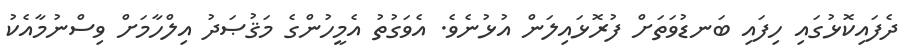
ދެފައިކޮޅުގައި ހިފައި ބަނޑުވަތަށް ފުރޮޅައިލަން އުޅުނެވެ. އެވަގުތު އެމީހުންގެ މަޤުޞަދު އިލްހާމަށް ވިސްނުމާއެކު